Document type: Sale
Year: 1499
Scribe: Joan Martínez de Sòria
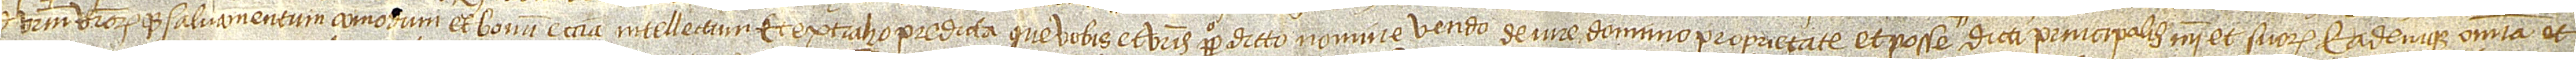
d vestrum vestrorumque salvamentum, comodum et bonum etiam intellectum. Et extraho predicta que vobis et vestris perpetuo dicto nomine vendo de iure, dominio, proprietate et posse dicti principalis mei et suorum eademque omnia et